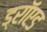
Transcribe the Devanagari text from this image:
ड्रॉएड